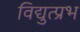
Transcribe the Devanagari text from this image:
विद्युत्प्रभ